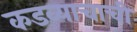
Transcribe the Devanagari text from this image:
कडव्याचाची